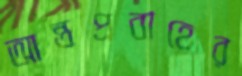
আন্তপ্রবাহের